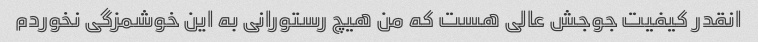
انقدر کیفیت جوجش عالی هست که من هیچ رستورانی به این خوشمزگی نخوردم